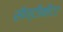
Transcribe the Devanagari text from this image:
सॅण्टीमीटर